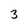
Character: 3